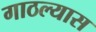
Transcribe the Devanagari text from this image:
गाठल्यास